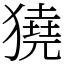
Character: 獟